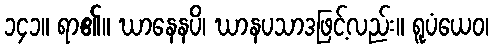
၁၄၁။ ရာ၏။ ဃာနေနပိ၊ ဃာနပသာဒဖြင့်လည်း။ ရူပံယေဝ၊